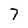
Character: 7